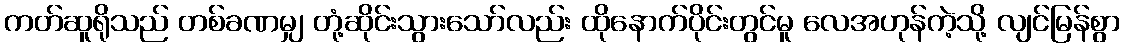
ကတ်ဆူရိုသည် တစ်ခဏမျှ တုံ့ဆိုင်းသွားသော်လည်း ထိုနောက်ပိုင်းတွင်မူ လေအဟုန်ကဲ့သို့ လျင်မြန်စွာ